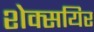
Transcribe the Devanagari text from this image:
शेक्सयिर